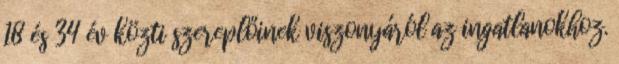
18 és 34 év közti szereplőinek viszonyáról az ingatlanokhoz.